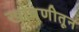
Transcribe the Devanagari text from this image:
खोबणीतून